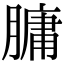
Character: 𦟛